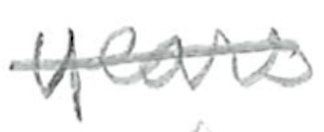
Text: years
Cross-out: single-line
Writing tool: pencil